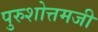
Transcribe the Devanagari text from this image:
पुरुशोत्तमजी